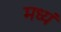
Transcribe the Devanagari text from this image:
मध्यं